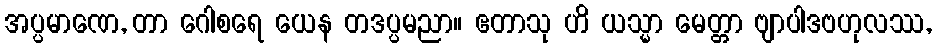
အပ္ပမာဏေ, တာ ဂေါစရေ ယေန တဒပ္ပမညာ။ ဧတာသု ဟိ ယသ္မာ မေတ္တာ ဗျာပါဒဗဟုလဿ,